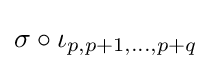
\sigma \circ \iota _{p,p+1,...,p+q}